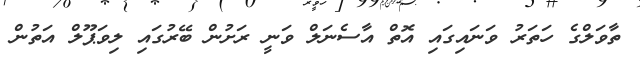
ތާވަލްގެ ހަތަރު ވަނައިގައި އޮތް އާސެނަލް ވަނީ ރަށުން ބޭރުގައި ލިވަޕޫލް އަތުން